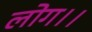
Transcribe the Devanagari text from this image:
लोग।।